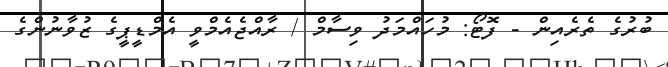
ބުރުގެ ތެރެއިން - ފޮޓޯ: މުހައްމަދު ވިސާމް / ރާއްޖެއެމްވީ އެމްޑީޕީގެ ޒުވާނުންގެ